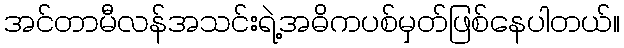
အင်တာမီလန်အသင်းရဲ့အဓိကပစ်မှတ်ဖြစ်နေပါတယ်။